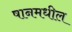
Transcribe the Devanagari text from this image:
षानमधील